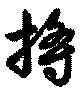
将